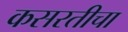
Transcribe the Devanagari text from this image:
कसरतीचा